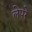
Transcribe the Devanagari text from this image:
लेपरे